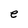
Character: e